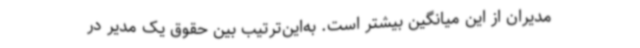
مدیران از این میانگین بیشتر است. به‌این‌ترتیب بین حقوق یک مدیر در